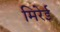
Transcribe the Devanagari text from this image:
मिरेई